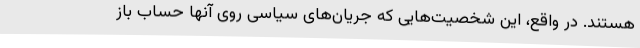
هستند. در واقع، این شخصیت‌هایی که جریان‌های سیاسی روی آنها حساب باز